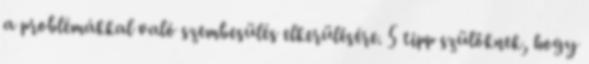
a problémákkal való szembesülés elkerülésére. 5 tipp szülőknek, hogy